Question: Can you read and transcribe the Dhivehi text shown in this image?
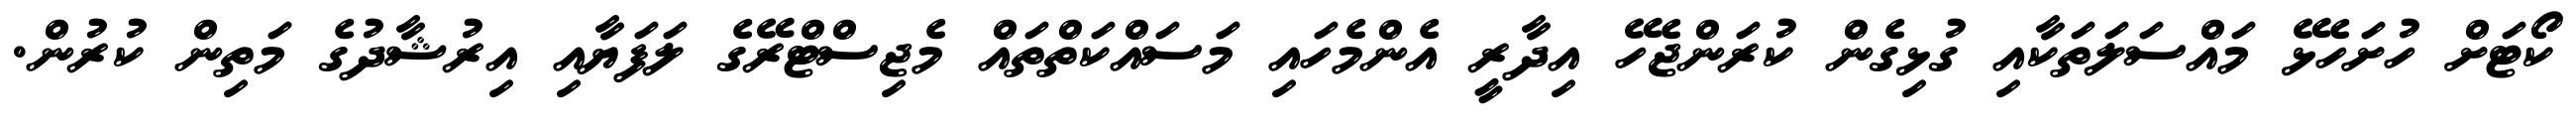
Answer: ކޯޓަށް ހުށަހެޅޭ މައްސަލަތަކާއި ގުޅިގެން ކުރަންޖެހޭ އިދާރީ އެންމެހައި މަސައްކަތްތައް މެޖިސްޓްރޭގެ ލަފަޔާއި އިރުޝާދުގެ މަތިން ކުރުން.